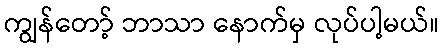
ကျွန်တော့် ဘာသာ နောက်မှ လုပ်ပါ့မယ်။